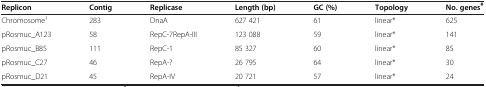
<table><thead><tr><td><b>Replicon</b></td><td><b>Contig</b></td><td><b>Replicase</b></td><td><b>Length (bp)</b></td><td><b>GC (%)</b></td><td><b>Topology</b></td><td><b>No. genes<sup>#</sup></b></td></tr></thead><tbody><tr><td>Chromosome<sup>1</sup></td><td>283</td><td>DnaA</td><td>627 421</td><td>61</td><td>linear*</td><td>625</td></tr><tr><td>pRosmuc_A123</td><td>58</td><td>RepC-7RepA-III</td><td>123 088</td><td>59</td><td>linear*</td><td>141</td></tr><tr><td>pRosmuc_B85</td><td>111</td><td>RepC-1</td><td>85 327</td><td>60</td><td>linear*</td><td>85</td></tr><tr><td>pRosmuc_C27</td><td>46</td><td>RepA-?</td><td>26 795</td><td>64</td><td>linear*</td><td>30</td></tr><tr><td>pRosmuc_D21</td><td>45</td><td>RepA-IV</td><td>20 721</td><td>57</td><td>linear*</td><td>24</td></tr></tbody></table>